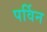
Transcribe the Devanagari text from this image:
पर्विन